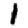
Digit: 1